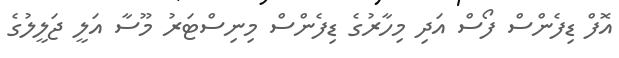
އޮފް ޑިފެންސް ފޯސް އަދި މިހާރުގެ ޑިފެންސް މިނިސްޓަރު މޫސާ އަލީ ޖަލީލުގެ